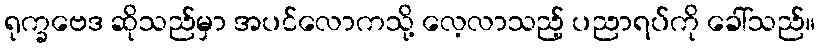
ရုက္ခဗေဒ ဆိုသည်မှာ အပင်လောကသို့ လေ့လာသည့် ပညာရပ်ကို ခေါ်သည်။